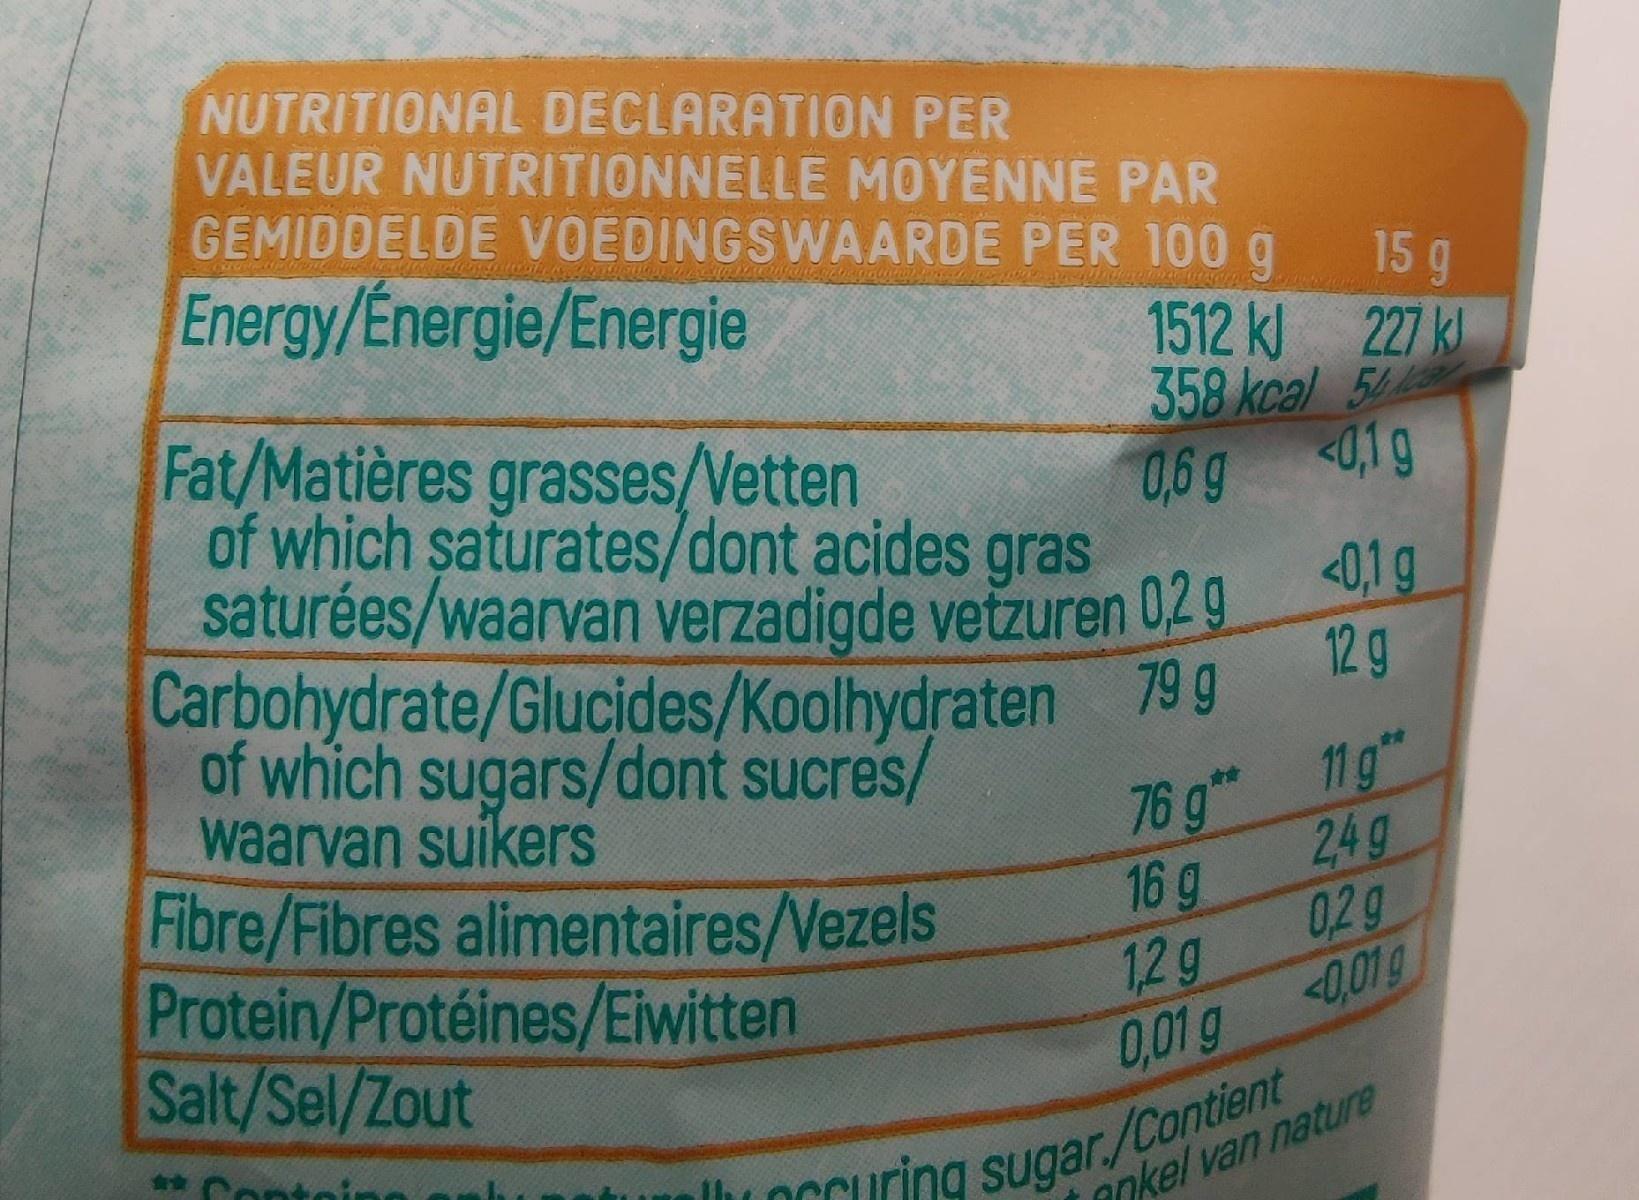
NUTRITIONAL DECLARATION PER VALEUR NUTRITIONNELLE MOYENNE PAR GEMIDDELDE VOEDINGSWAARDE PER 100 g Energy/Energie/Energie
15g
1512 kl 227 kl 358 kcal 5
Fat/Matières grasses/Vetten of which saturates/dont acides gras saturées/waarvan verzadigde vetzuren 02 9 Carbohydrate/Glucides/Koolhydraten 79 g of which sugars/dont sucres/ waarvan suikers Fibre/Fibres alimentaires/Vezels Protein/Protéines/Eiwitten Salt/Sel/Zout
0,6g <0,1g <0,1g 12 g
76 g* 11g" 24g 16 g 02g 12g <-0,01g 0,01 g
** Cont
luoccuring sugar./Contient
ankel van nature